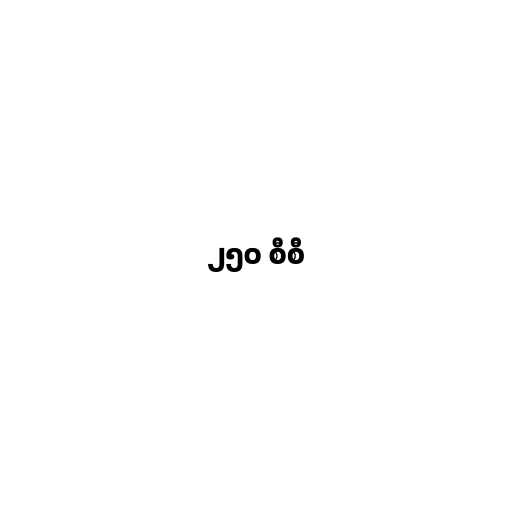
၂၅၀ စီစီ